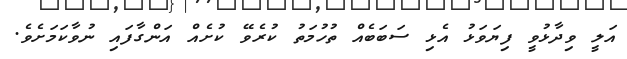
އަލީ ވިދާޅުވީ ފިޔަވަޅު އެޅި ސަބަބެއް ތުހުމަތު ކުރެވޭ ކުށެއް އަންގާފައި ނުވާކަމަށެވެ.